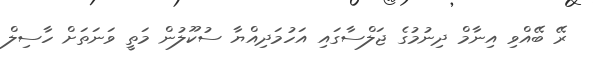
ރޭ ބޭއްވި އިނާމް ދިނުމުގެ ޖަލްސާގައި އަހުމަދިއްޔާ ސުކޫލުން މަތީ ވަނަތަށް ހާސިލް